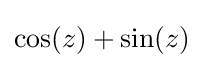
\cos(z)+\sin(z)